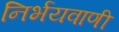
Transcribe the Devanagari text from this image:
निर्भयवाणी